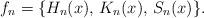
LaTeX: \begin{align*}f_{n}=\{H_{n}(x),\, K_{n}(x),\, S_{n}(x)\}.\end{align*}